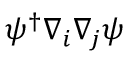
\psi ^ { \dagger } \nabla _ { i } \nabla _ { j } \psi